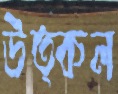
উত্কল